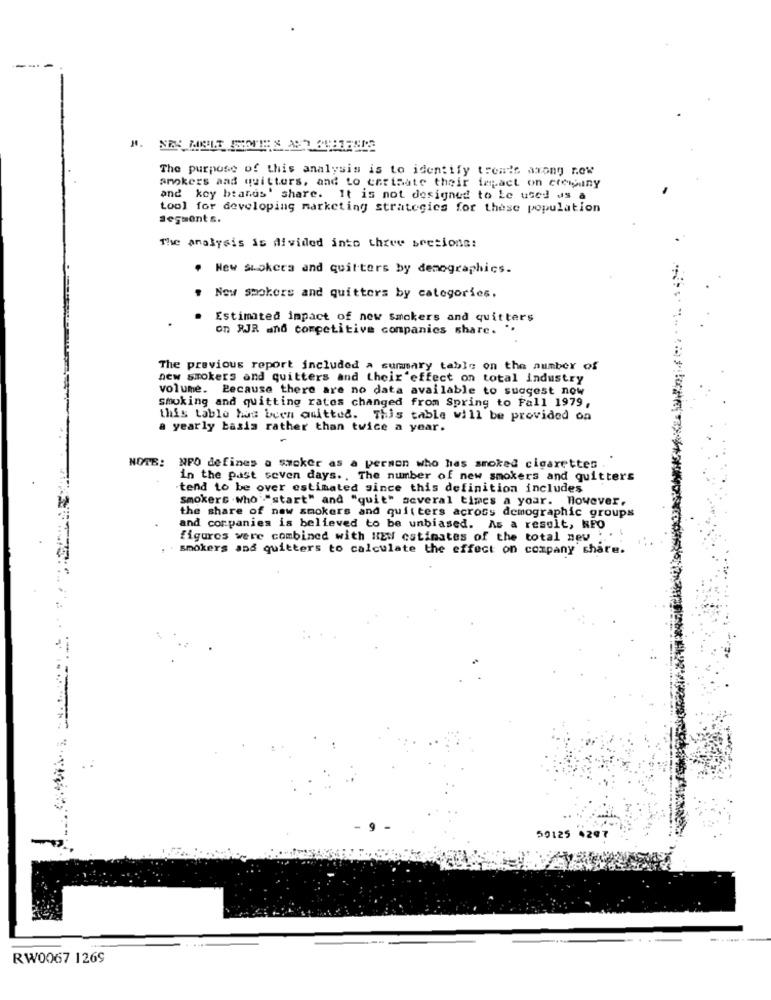
---
The purpose of this analysis is to identify trente axong r.ow
smokers and quitters, and to estimate their impact on cremany
and key btands' share. It is not designed to be used as a
tool for developing marketing strategies for these population
segment s.
The Analysis is divided into three sections:
· New stokers and quitters by demographics.
. Now smokers and quitters by categories.
Estimated impact of new Smokers and quitters
on RJR and competitive companies share. "
The previous report included a summary table on the number of
new smokers and quitters and their effect on total industry
volume. Because there are no data available to suggest now
smoking and quitting rates changed from Spring to Fall 1979,
this table has been amitted. This table will be provided on
a yearly basis rather than twice a year.
NOTE: NPO defines a smoker as a person who has smoked cigarettes
in the past seven days ., The number of new smokers and quitters
tend to be over estimated since this definition includes
smokers . who "start" and "quit" several times a your. However.
the share of new smokers and quitters across demographic groups
and companies is believed to be unbiased. As a result, NFO
figures were combined with HEW estimates of the total new ...
smokers and quitters to calculate the effect on company share.
9
59125 4297
RW0067 1269